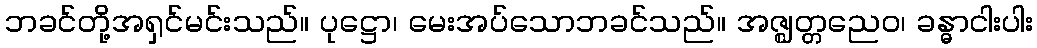
ဘခင်တို့အရှင်မင်းသည်။ ပုဋ္ဌော၊ မေးအပ်သောဘခင်သည်။ အဇ္ဈတ္တညေဝ၊ ခန္ဓာငါးပါး